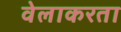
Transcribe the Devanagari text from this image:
वेलाकरता